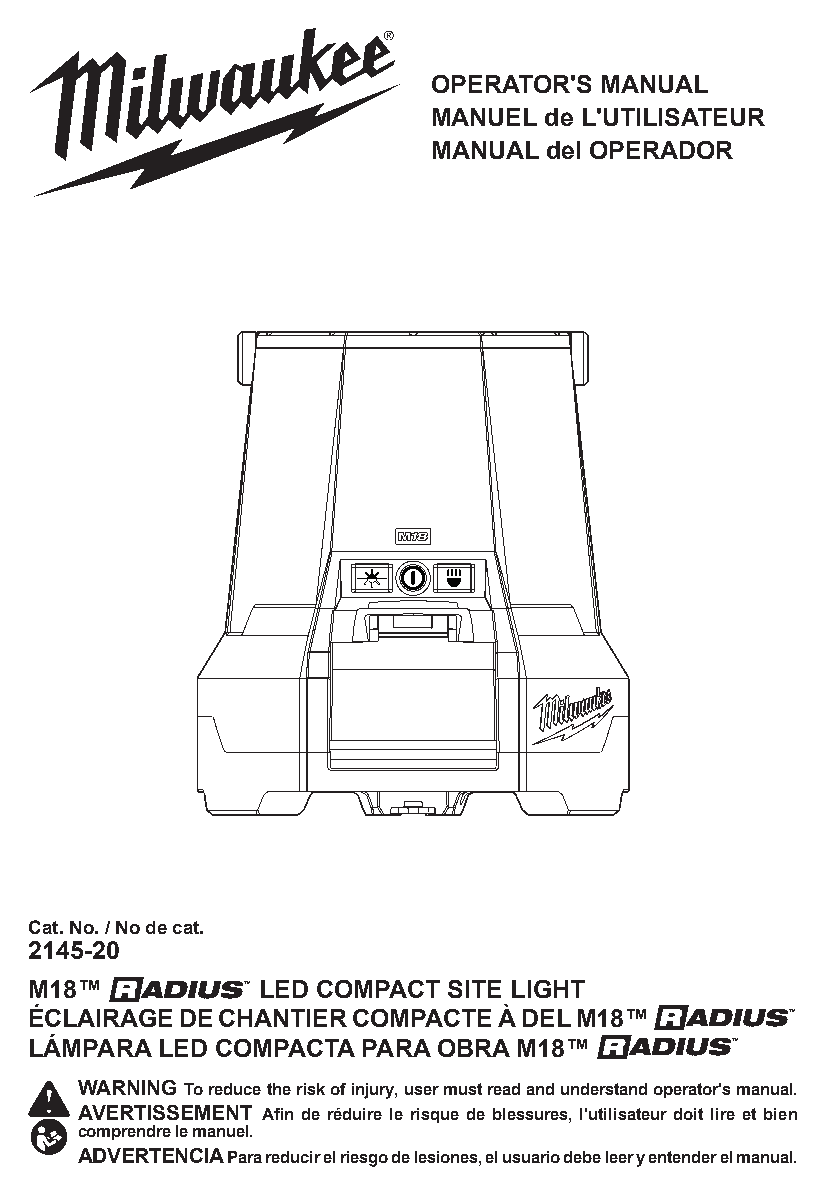
OPERATOR'S  MANUAL
 MANUEL  de L'UTILISATEUR
 MANUAL  del OPERADOR
 Cat. No. / No de cat.
 2145-20
 M18™   ADIUS™  LED COMPACT  SITE LIGHT
 ÉCLAIRAGE DE CHANTIER COMPACTE À DEL M18™  ADIUS™
 LÁMPARA LED COMPACTA  PARA OBRA M18™    ADIUS™
 WARNING To reduce the risk of injury, user must read and understand operator's manual.
 AVERTISSEMENT Afin de réduire le risque de blessures, l'utilisateur doit lire et bien
 comprendre le manuel.
 ADVERTENCIA Para reducir el riesgo de lesiones, el usuario debe leer y entender el manual.